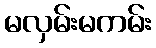
မလှမ်းမကမ်း